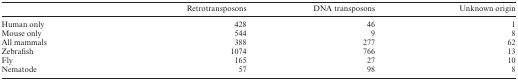
<table><thead><tr><td></td><td><b>Retrotransposons</b></td><td><b>DNA transposons</b></td><td><b>Unknown origin</b></td></tr></thead><tbody><tr><td>Human only</td><td>428</td><td>46</td><td>1</td></tr><tr><td>Mouse only</td><td>544</td><td>9</td><td>8</td></tr><tr><td>All mammals</td><td>388</td><td>277</td><td>62</td></tr><tr><td>Zebrafish</td><td>1074</td><td>766</td><td>13</td></tr><tr><td>Fly</td><td>165</td><td>27</td><td>10</td></tr><tr><td>Nematode</td><td>57</td><td>98</td><td>8</td></tr></tbody></table>